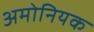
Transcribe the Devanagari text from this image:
अमोनियक